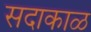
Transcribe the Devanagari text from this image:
सदाकाळ